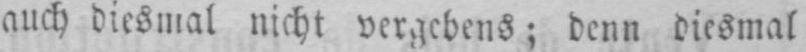
auch diesmal nicht vergebens; denn diesmal